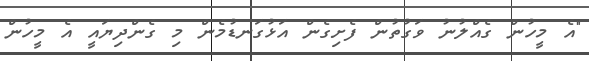
"އެ މީހުން ގެއްލުނު ވަގުތުން ފެށިގެން އަޅުގަނޑުމެން މި ގެންދިޔައީ އެ މީހުން